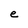
Character: e